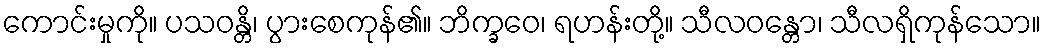
ကောင်းမှုကို။ ပသဝန္တိ၊ ပွားစေကုန်၏။ ဘိက္ခဝေ၊ ရဟန်းတို့။ သီလဝန္တော၊ သီလရှိကုန်သော။